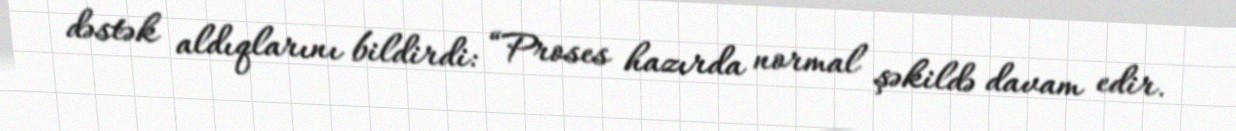
dəstək aldıqlarını bildirdi: “Proses hazırda normal şəkildə davam edir.